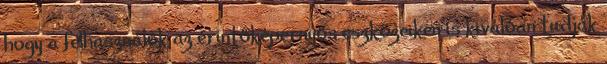
hogy a felhasználók az érintőképernyős eszközeiken is kiválóan tudják